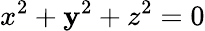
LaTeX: x^{2}+\mathbf{y}^{2}+z^{2}=0